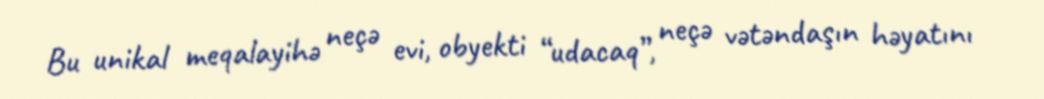
Bu unikal meqalayihə neçə evi, obyekti “udacaq”, neçə vətəndaşın həyatını